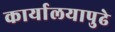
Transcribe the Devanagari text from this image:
कार्यालयापुढे